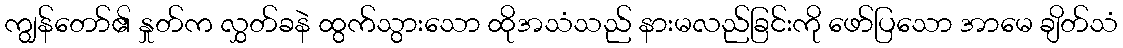
ကျွန်တော်၏ နှုတ်က လွှတ်ခနဲ ထွက်သွားသော ထိုအသံသည် နားမလည်ခြင်းကို ဖော်ပြသော အာမေ ချိတ်သံ